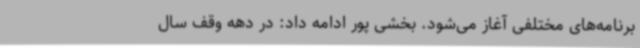
برنامه‌های مختلفی آغاز می‌شود. بخشی پور ادامه داد: در دهه وقف سال